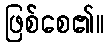
ဖြစ်စေ၏။